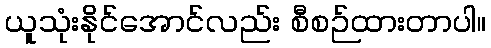
ယူသုံးနိုင်အောင်လည်း စီစဉ်ထားတာပါ။